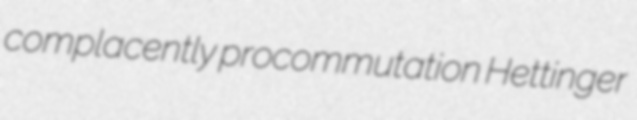
complacently procommutation Hettinger